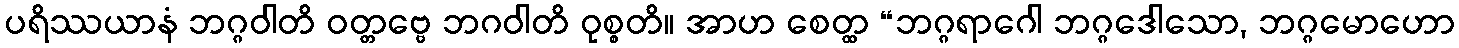
ပရိဿယာနံ ဘဂ္ဂဝါတိ ဝတ္တဗ္ဗေ ဘဂဝါတိ ဝုစ္စတိ။ အာဟ စေတ္ထ “ဘဂ္ဂရာဂေါ ဘဂ္ဂဒေါသော, ဘဂ္ဂမောဟော